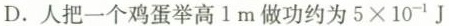
D.人把一个鸡蛋举高1m做功约为 $$5